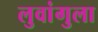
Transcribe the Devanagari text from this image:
लुवांगुला